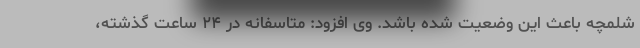
شلمچه باعث این وضعیت شده باشد. وی افزود: متاسفانه در ۲۴ ساعت گذشته،